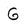
Character: G